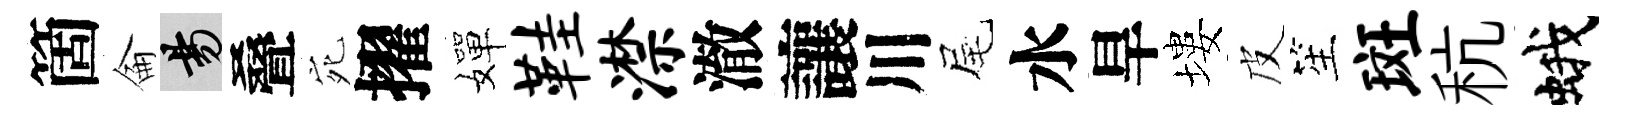
箇侖昜叠宛擢嬋鞋潸澈讓川尾水旱塿皮笙斑秔蛾